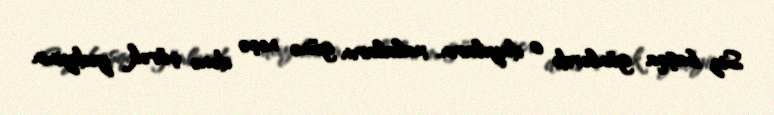
Siz başqa günlərdə o dayıların, xalaların günə neçə dənə çörək yediyinin